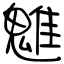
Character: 魋